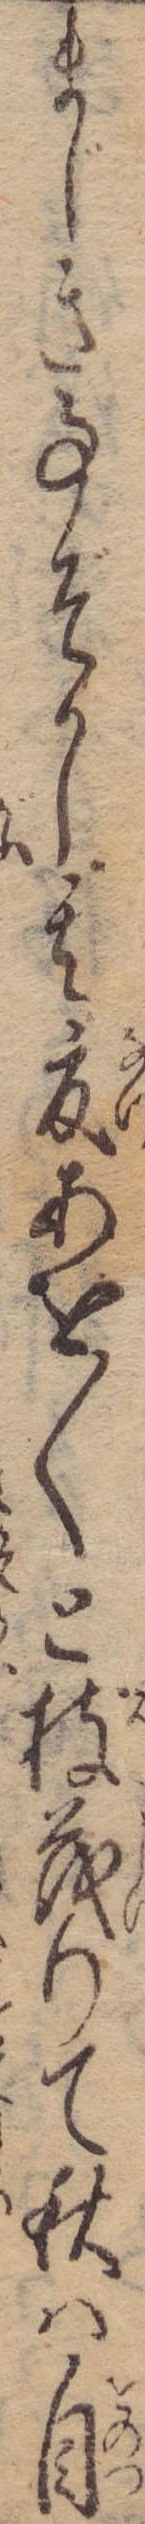
まじき事ぞかし其夏あを〱と枝茂りて秋は自